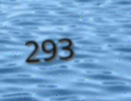
293